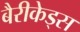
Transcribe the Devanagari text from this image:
बैरीकेड्स